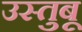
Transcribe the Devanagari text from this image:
उस्तुबू